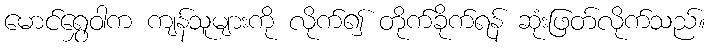
မောင်ရွှေဝါက ကျန်သူများကို လိုက်၍ တိုက်ခိုက်ရန် ဆုံးဖြတ်လိုက်သည်။